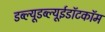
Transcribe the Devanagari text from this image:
डब्ल्यूडब्ल्यूईडॉटकॉम